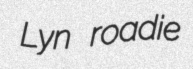
Lyn roadie